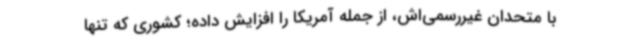
با متحدان غیررسمی‌اش، از جمله آمریکا را افزایش داده؛ کشوری که تنها